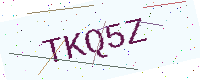
Text: TKQ5Z